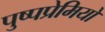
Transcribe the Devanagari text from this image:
पुष्पप्रेमियों